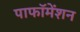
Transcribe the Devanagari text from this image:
पाफॉमेंशन